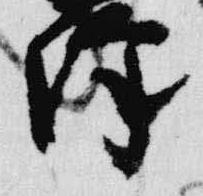
降